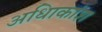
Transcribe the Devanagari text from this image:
अधिाकांश